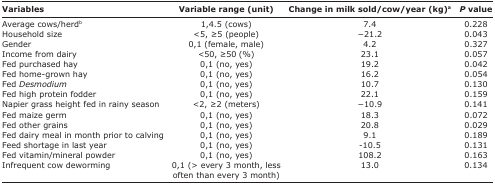
<table><thead><tr><td><b>Variables</b></td><td><b>Variable range (unit)</b></td><td><b>Change in milk sold/cow/year (kg)<sup>a</sup></b></td><td><b><i>P</i> value</b></td></tr></thead><tbody><tr><td>Average cows/herd<sup>b</sup></td><td>1,4.5 (cows)</td><td>7.4</td><td>0.228</td></tr><tr><td>Household size</td><td>&lt;5, ≥5 (people)</td><td>−21.2</td><td>0.043</td></tr><tr><td>Gender</td><td>0,1 (female, male)</td><td>4.2</td><td>0.327</td></tr><tr><td>Income from dairy</td><td>&lt;50, ≥50 (%)</td><td>23.1</td><td>0.057</td></tr><tr><td>Fed purchased hay</td><td>0,1 (no, yes)</td><td>19.2</td><td>0.042</td></tr><tr><td>Fed home-grown hay</td><td>0,1 (no, yes)</td><td>16.2</td><td>0.054</td></tr><tr><td>Fed <i>Desmodium</i></td><td>0,1 (no, yes)</td><td>10.7</td><td>0.130</td></tr><tr><td>Fed high protein fodder</td><td>0,1 (no, yes)</td><td>22.1</td><td>0.159</td></tr><tr><td>Napier grass height fed in rainy season</td><td>&lt;2, ≥2 (meters)</td><td>−10.9</td><td>0.141</td></tr><tr><td>Fed maize germ</td><td>0,1 (no, yes)</td><td>18.3</td><td>0.072</td></tr><tr><td>Fed other grains</td><td>0,1 (no, yes)</td><td>20.8</td><td>0.029</td></tr><tr><td>Fed dairy meal in month prior to calving</td><td>0,1 (no, yes)</td><td>9.1</td><td>0.189</td></tr><tr><td>Feed shortage in last year</td><td>0,1 (no, yes)</td><td>10.5</td><td>0.131</td></tr><tr><td>Fed vitamin/mineral powder</td><td>0,1 (no, yes)</td><td>108.2</td><td>0.163</td></tr><tr><td>Infrequent cow deworming</td><td>0,1 (&gt; every 3 month, less often than every 3 month)</td><td>13.0</td><td>0.134</td></tr></tbody></table>